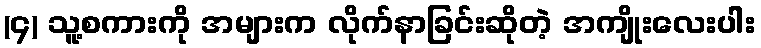
(၄) သူ့စကားကို အများက လိုက်နာခြင်းဆိုတဲ့ အကျိုးလေးပါး